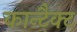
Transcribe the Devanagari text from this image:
कान्टैक्ट